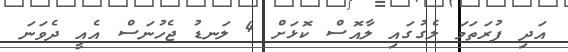
އަދި ފުރަތަމަ ލެގުގައި ލާއޮސް ކޮޅަށް 4 ލަނޑު ޖެހުނަސް އެއީ ދެވަނަ